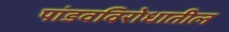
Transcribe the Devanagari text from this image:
पांडवविरोधातील